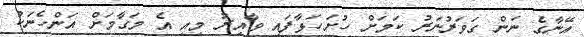
އޭނާގެ ނަން ގަވަރުނަރު ކަމަށް ހުށަހަޅާފައި ވާއިރު މިއީ އެ މަގާމަށް އަންހެނަކު